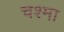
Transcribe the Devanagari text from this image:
चश्‍मा